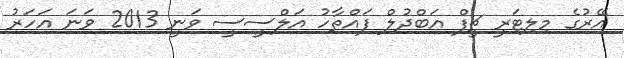
އޭރުގެ މިލިޓަރީ ޗީފް އަބްދުލް ފައްތާހު އަލްސީސީ ވަނީ 2013 ވަނަ އަހަރު